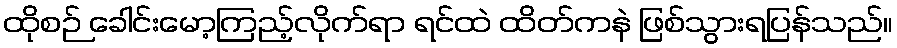
ထိုစဉ် ခေါင်းမော့ကြည့်လိုက်ရာ ရင်ထဲ ထိတ်ကနဲ ဖြစ်သွားရပြန်သည်။